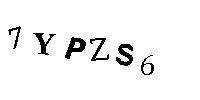
7YPZS6